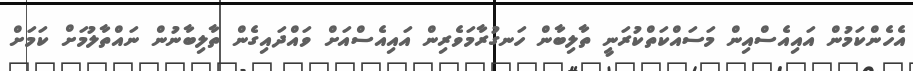
އެހެންކަމުން އައިއެސްއިން މަސައްކަތްކުރަނީ ތާލިބާން ހަނގުރާމަވެރިން އައިއެސްއަށް ވައްދައިގެން ތާލިބާނުން ނައްތާލުމަށް ކަމަށް